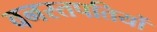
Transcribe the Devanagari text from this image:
वनस्तपतियों